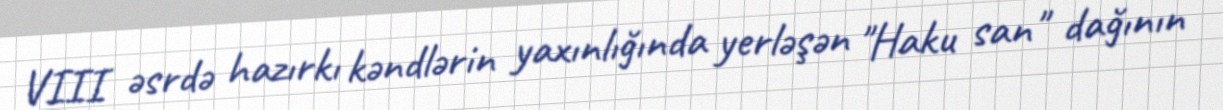
VIII əsrdə hazırkı kəndlərin yaxınlığında yerləşən "Haku san" dağının